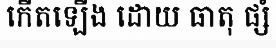
កើតឡើង ដោយ ធាតុ ផ្សំ